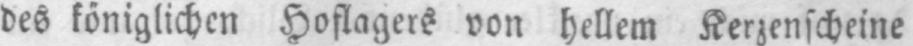
des königlichen Hoflagers von hellem Kerzenscheine